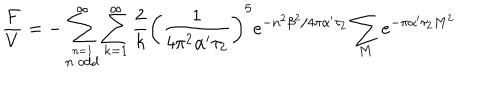
\frac { F } { V } = - \sum _ { \stackrel { n = 1 } { n ~ \mathrm { o d d } } } ^ { \infty } \sum _ { k = 1 } ^ { \infty } \frac { 2 } { k } \left( \frac { 1 } { 4 \pi ^ { 2 } \alpha ^ { \prime } \tau _ { 2 } } \right) ^ { 5 } e ^ { - n ^ { 2 } \beta ^ { 2 } / 4 \pi \alpha ^ { \prime } \tau _ { 2 } } \sum _ { M } e ^ { - \pi \alpha ^ { \prime } \tau _ { 2 } M ^ { 2 } }